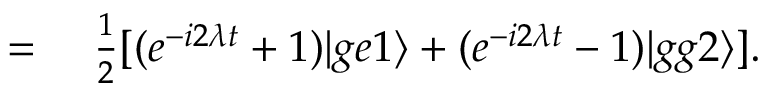
\begin{array} { r l } { = } & { { } ~ \frac { 1 } { 2 } [ ( e ^ { - i 2 \lambda t } + 1 ) | g e 1 \rangle + ( e ^ { - i 2 \lambda t } - 1 ) | g g 2 \rangle ] . } \end{array}